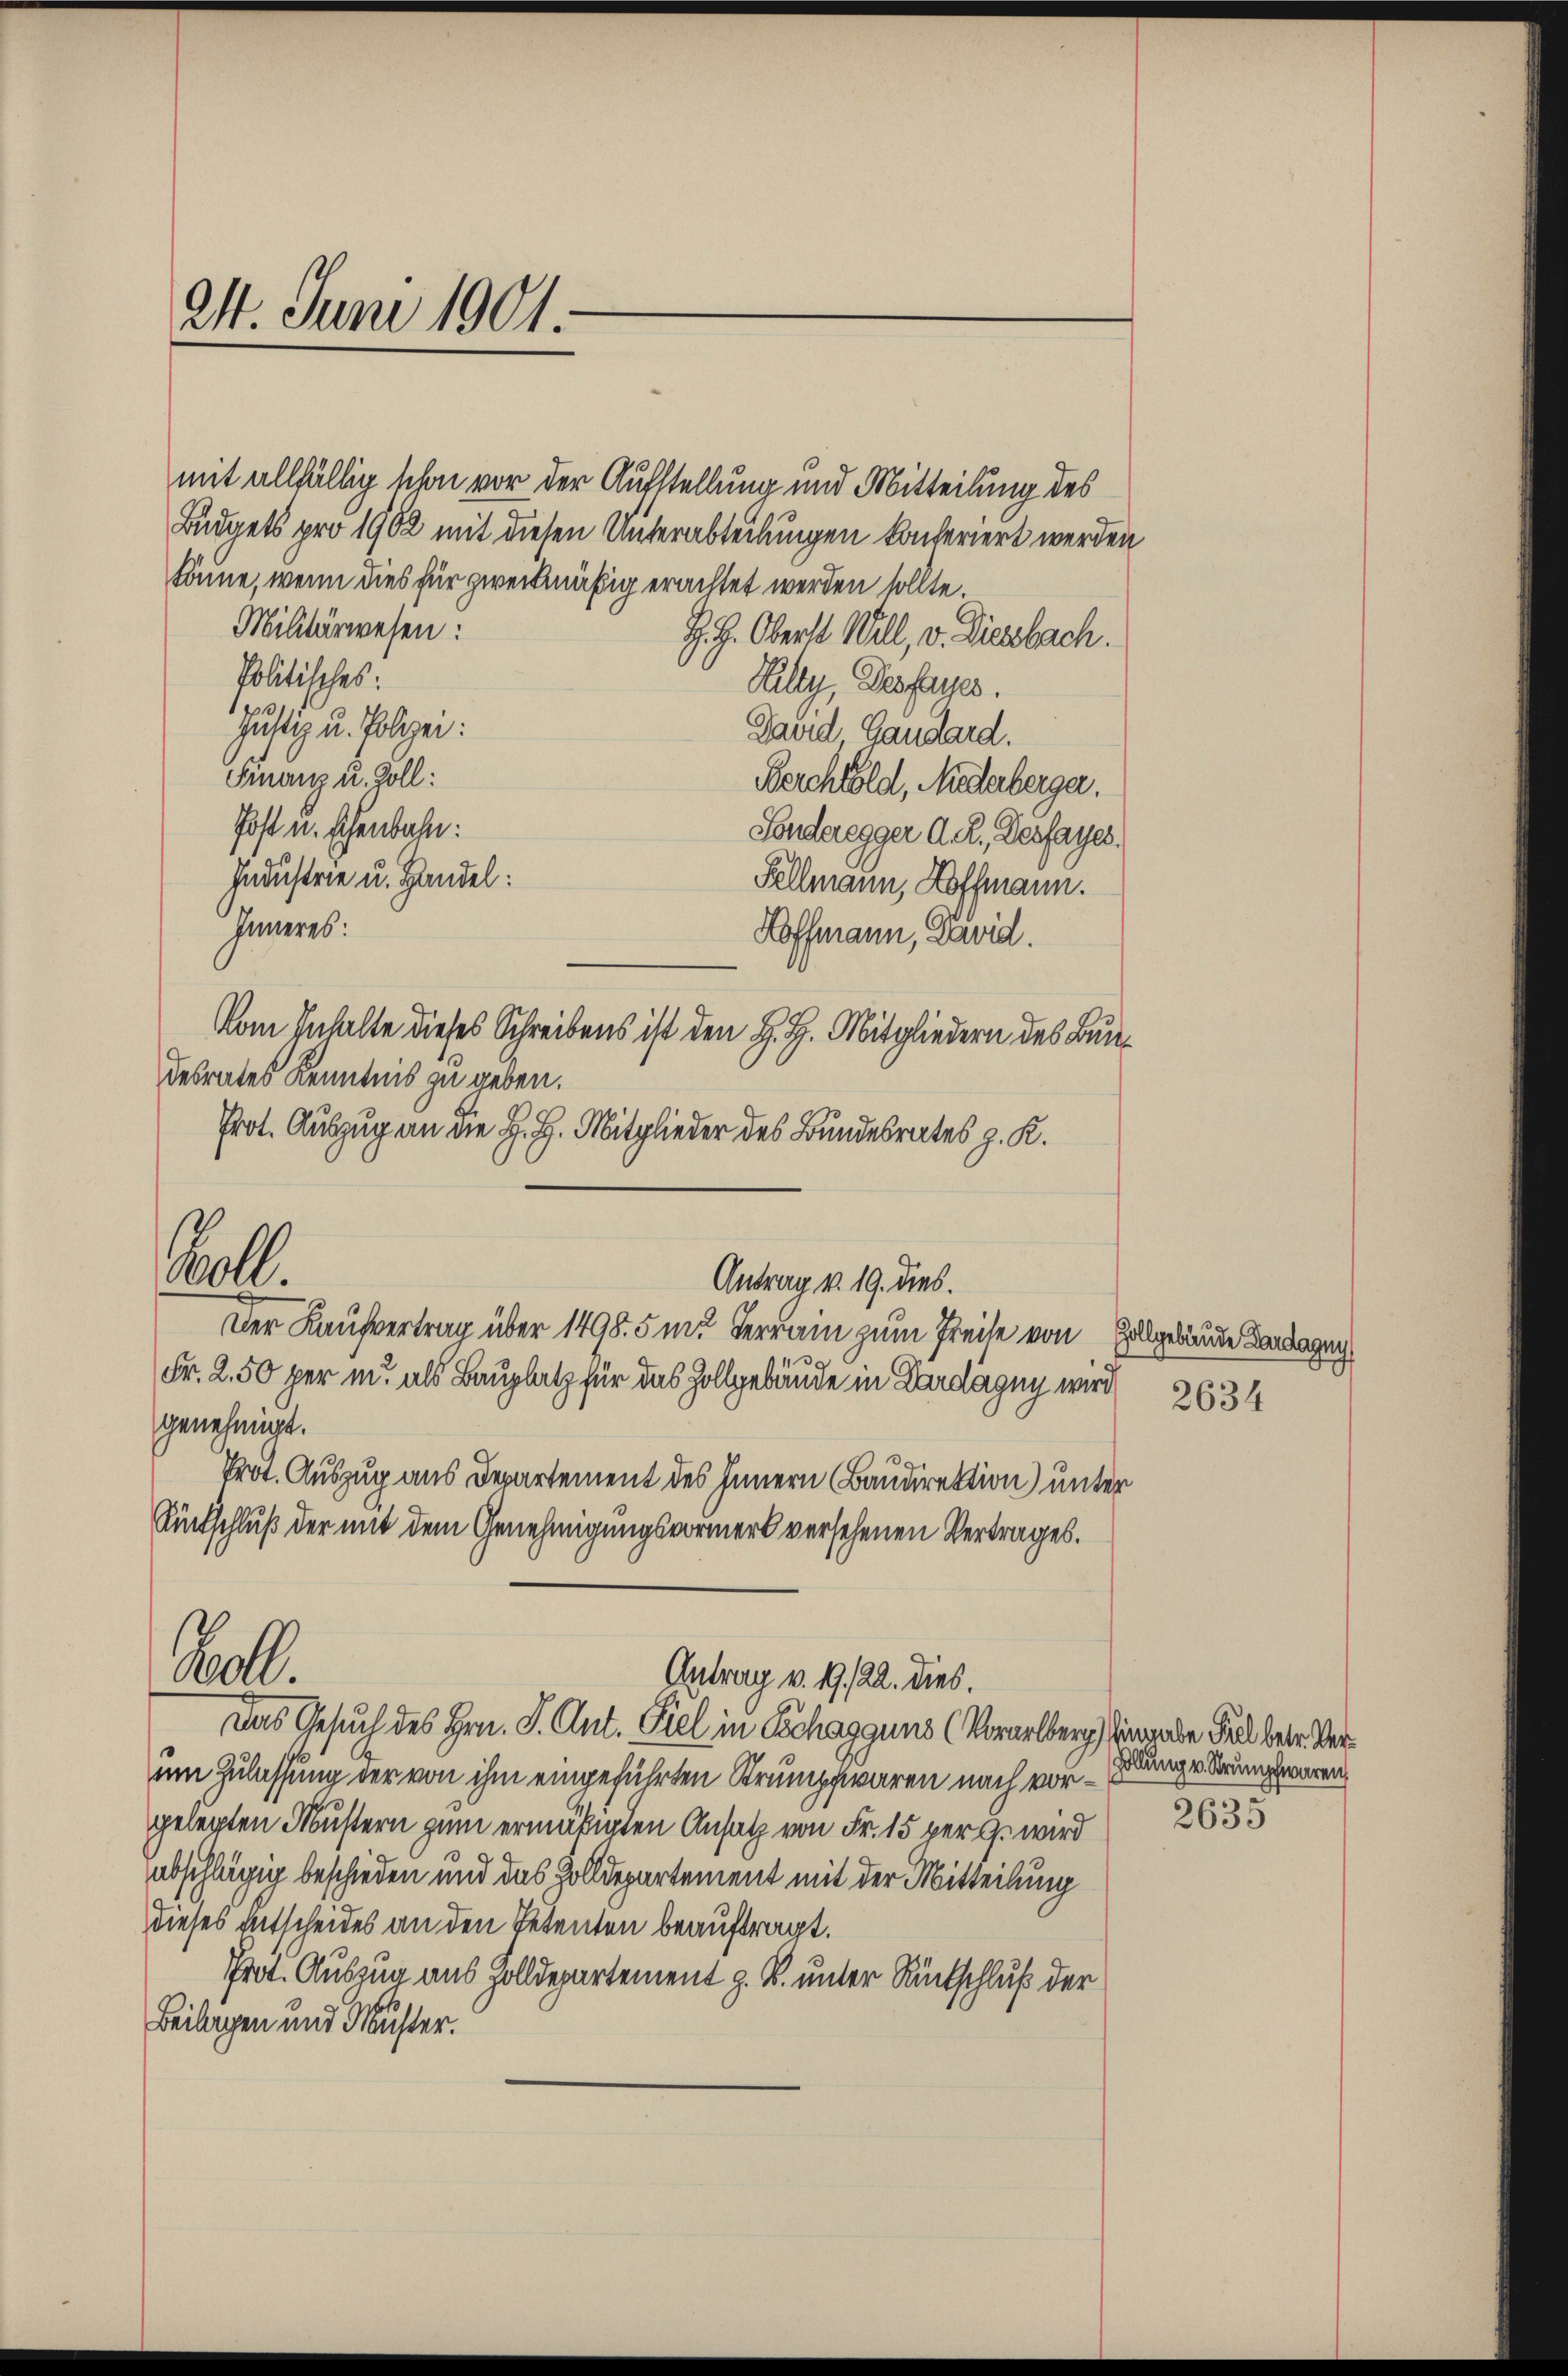
24. Juni 1901.

mit allfällig schon vor der Aufstellung und Mitteilung des
Büdgets pro 1902 mit diesen Unterabteilungen konferiert werden
könne, wenn dies für zweckmäßig erachtet werden sollte.
Militärwesen:
Politisches:
Justiz u. Polizei:
Finanz u. Zoll:
Post u. schenbahn:
Industrie u. Handel:
Fellmann, Hoffmann.
Inneres:
Hoffmann, David.
Vom Inhalte dieses Schreibens ist den H. H. Mitgliedern des Bundesrates Kenntnis zu geben.
Prot. Auszug an die H. H. Mitglieder des Bundesrates z. R.

oll.
Antrag v. 19. dies.
Der Kaufvertrag über 1498. 5 m. Terrain zum Preise von Hallgebäude Landageg
Fr. 2.50 per in als Bauplatz für das Zollgebäude in Dardägny wird
genehmigt.
Prot. Auszug aus Departement des Innern (Baudirektion) unter

Rückschluß der mit dem Genehmigungsvormerk versehenen Vertrages.

Bett.
Antrag v. 19. 122. dies.

Das Gesuch des Hrn. P. Ant. Fiel in Schaggung (Vorarlberg hinande Fall betr. Verum Zulassung der von ihm eingeführten Strumpfwaren nach vorgelegten Mustern zum ermäßigten Ansatz von Fr. 15 perg. wird
abschlägig beschieden und das Zolldepartement mit der Mitteilung
dieses Entscheides an den Petenten beauftragt.
Prot. Auszug aus Zolldepartement z. B. unter Rückschluß der
Beilagen und Muster.

H. H. Oberst Will, v. Diesbach.
Kully, Dessauer.
Gaud Gaudard.
Berchtold, Nidarberger.
Sonderegger d. R., Dessayer.

2634

Hollung v. Strumpfwaren

2635